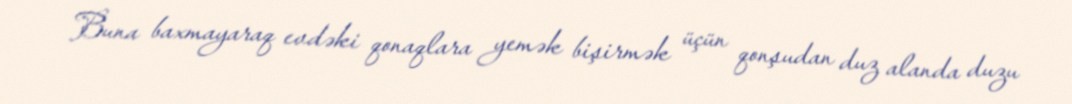
Buna baxmayaraq evdəki qonaqlara yemək bişirmək üçün qonşudan duz alanda duzu